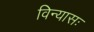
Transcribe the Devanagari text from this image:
विन्यासः